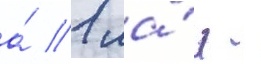
а́ 1 ма́я -